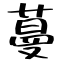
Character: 蔓